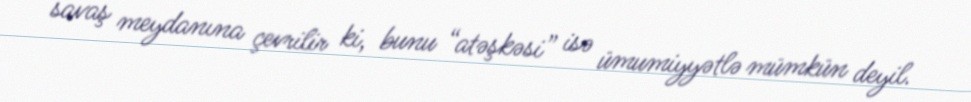
savaş meydanına çevrilir ki, bunu “atəşkəsi” isə ümumiyyətlə mümkün deyil.